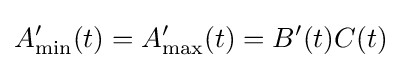
A_{\min }'(t)=A_{\max }'(t)=B'(t)C(t)